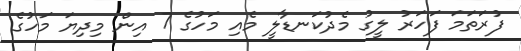
ފުރަތަމަ ފަހަރު ލީގު މެދުކަނޑާލީ މެއި މަހުގެ 7 އިން މިދިޔަ މަހުގެ